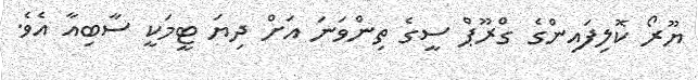
ޔޫރޯ ކޮލިފައިންގެ ގްރޫޕް ސީގެ ތިންވަނަ އަށް ދިޔަ ޓީމަކީ ސާބިއާ އެވެ.